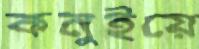
কনুইয়ে